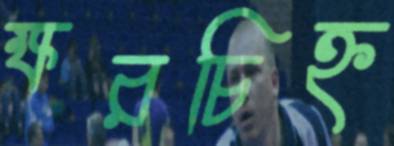
ক্ষরচিহ্ন